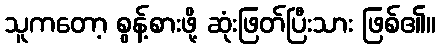
သူကတော့ စွန့်စားဖို့ ဆုံးဖြတ်ပြီးသား ဖြစ်၏။